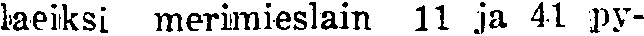
laeiksi merimieslain 11 ja 41 py-